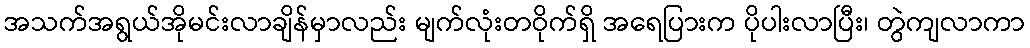
အသက်အရွယ်အိုမင်းလာချိန်မှာလည်း မျက်လုံးတဝိုက်ရှိ အရေပြားက ပိုပါးလာပြီး၊ တွဲကျလာကာ